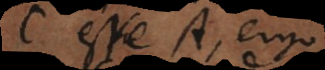
C esse A, ergo